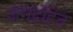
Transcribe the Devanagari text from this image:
जगद्रहित